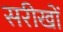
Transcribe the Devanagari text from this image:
सरीखों